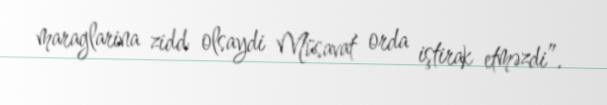
maraglarina zidd olsaydi Müsavat orda iştirak etməzdi”.